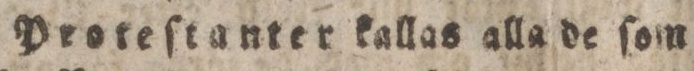
Proteſtanter kallas alla de ſom